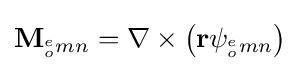
\mathbf {M} _{^{e}_{o}mn}=\nabla \times \left(\mathbf {r} \psi _{^{e}_{o}mn}\right)